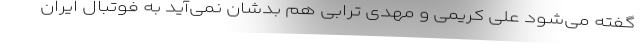
گفته می‌شود علی کریمی و مهدی ترابی هم بدشان نمی‌آید به فوتبال ایران